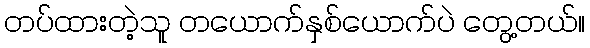
တပ်ထားတဲ့သူ တယောက်နှစ်ယောက်ပဲ တွေ့တယ်။